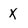
Character: x